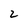
Character: 2